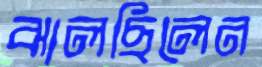
ঝালছিলেন